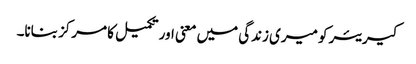
کیریئر کو میری زندگی میں معنی اور تکمیل کا مرکز بنانا۔